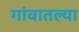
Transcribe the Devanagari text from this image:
गांवातल्या